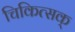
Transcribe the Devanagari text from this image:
चिकित्सक्